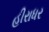
હીરાધર